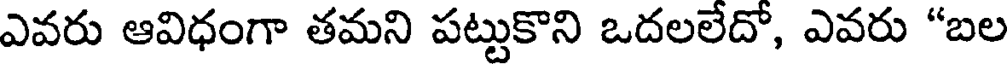
ఎవరు ఆవిధంగా తమని పట్టుకొని ఒదలలేదో, ఎవరు "బల